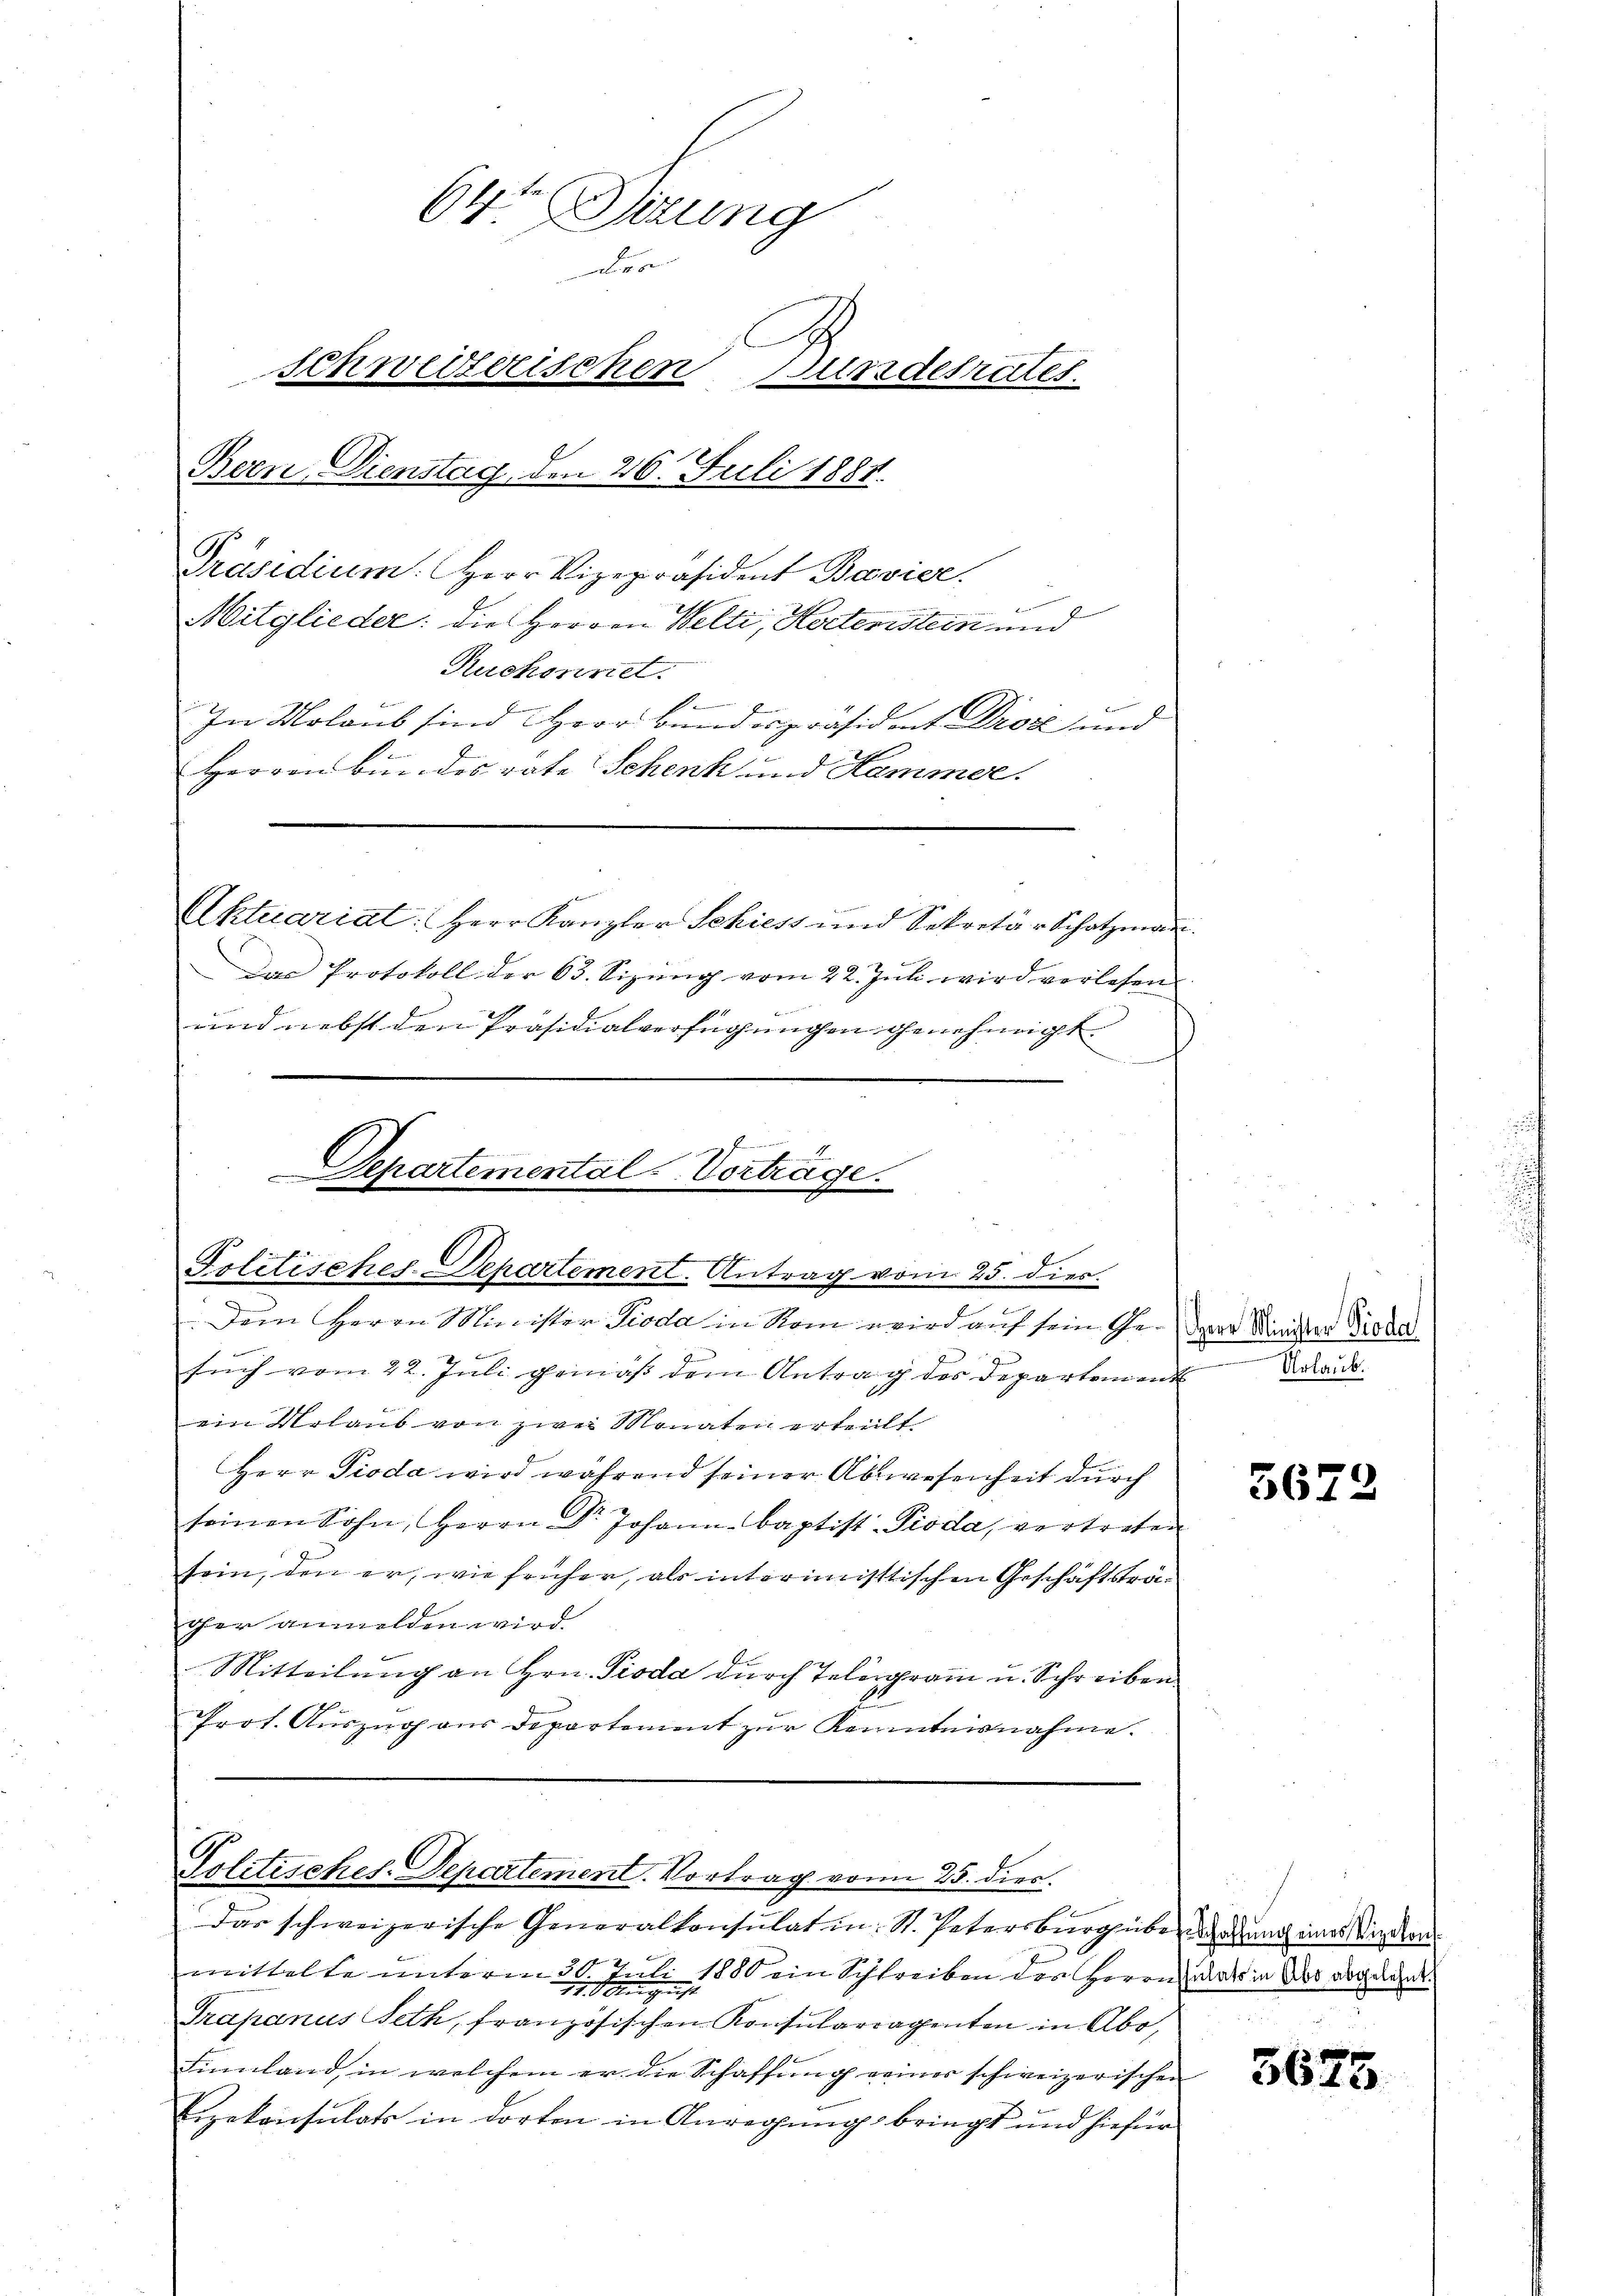
64t Feung
dies
schweizerischen Bundesrates.
Bern Dienstag, den 26. Juli 1888.

Präsidium. Herr Vizepräsident Bavier.
Mitglieder: die Herren Welti, Hodleristein und
Ruchonnet.
f
In Molaus sind Herr Bundespräsident Droz und
Herren Bundesräte Schenk und Hammer.

und nebst den Präsidialverfügungen genehmigt.

f
Departemental-Vertrage.

Aktuariat: Herr Kanzler Schiess und Sekretär Schatzmann.
Das Protokoll der 65. Sizung vom 22. Juli wird verlesen

Politisches-Departement. Antrag vom 25. dies.
Dem Herrn Minister Pioda in Nom wird auf sein Ge-par Minister Niede
such vom 22. Juli gemäß dem Antrag des Departement da
ein Urlaub von zwei Monaten erteilt.
Herr Pioda wird während seiner Abwesenheit durch
seinen Sohn, Herrn Dr Johann Baptist-Pioda, vertreten
tein, den er, wie früher, als interimistischen Geschäftsträoher anmelden wird.
Mitteilung an Hrn. Pioda durch Telegram u. Schreiben
Prot. Auszug aus Departement zŭr Kenntnisnahme.

Das schweizerische Generalkonsulat in St. Petersburg über doch eines Winden
F
2
mittelte unterm 30. Juli 1880 ein Schreiben des Herrn Rats in Abs abgelehnt.
Trapanus Seth, französischen Konsularragenten in Abo,
Finnland, in welchem er die Schaffung seiner schweizerischen
Eizekonsulats in dorten in Anregung bringt und hiefür

Politisches-Departement. Vortrag von 25. dies.

3672

3625